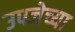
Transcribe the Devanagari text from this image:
उपजेच्या